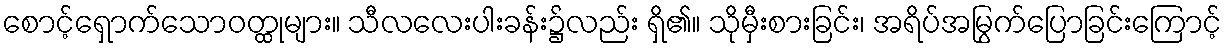
စောင့်ရှောက်သောဝတ္ထုများ။ သီလလေးပါးခန်း၌လည်း ရှိ၏။ သိုမှီးစားခြင်း၊ အရိပ်အမြွက်ပြောခြင်းကြောင့်